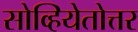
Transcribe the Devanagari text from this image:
सोव्हियेतोत्तर